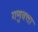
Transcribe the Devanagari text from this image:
गणुवत्ता